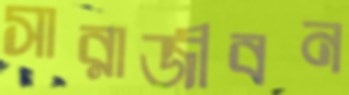
সারাজীবন